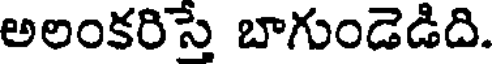
అలంకరిస్తే బాగుండెడిది.